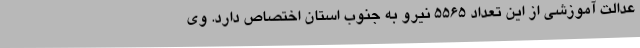
عدالت آموزشی از این تعداد ۵۵۶۵ نیرو به جنوب استان اختصاص دارد. وی